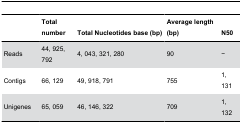
<table><thead><tr><td></td><td colspan="2"><b>Total number</b></td><td colspan="10"><b>Total Nucleotides base (bp)</b></td><td colspan="10"><b>Average length (bp)</b></td><td colspan="2"><b>N50</b></td></tr></thead><tbody><tr><td>Reads</td><td colspan="2">44, 925, 792</td><td colspan="10">4, 043, 321, 280</td><td colspan="10">90</td><td colspan="2">−</td></tr><tr><td>Contigs</td><td colspan="2">66, 129</td><td colspan="10">49, 918, 791</td><td colspan="10">755</td><td colspan="2">1, 131</td></tr><tr><td>Unigenes</td><td colspan="2">65, 059</td><td colspan="10">46, 146, 322</td><td colspan="10">709</td><td colspan="2">1, 132</td></tr></tbody></table>